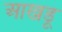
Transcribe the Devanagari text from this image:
आखडू